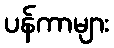
ပန်ကာများ